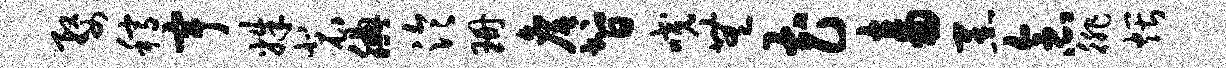
婺稿宇姝裴腆泠珊詹智咬无花畜黑念徘煨